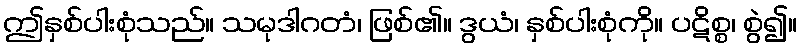
ဤနှစ်ပါးစုံသည်။ သမုဒါဂတံ၊ ဖြစ်၏။ ဒွယံ၊ နှစ်ပါးစုံကို။ ပဋိစ္စ၊ စွဲ၍။